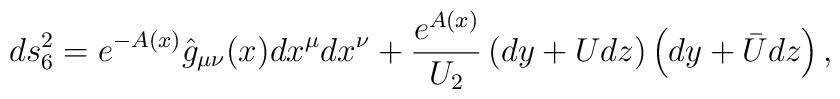
ds_6^2 = e^{-A(x)}\hat{g}_{\mu\nu}(x)dx^\mu dx^\nu +\frac{e^{A(x)}}{U_2}\left( dy + U dz\right) \left( dy +\bar{U}dz\right) ,